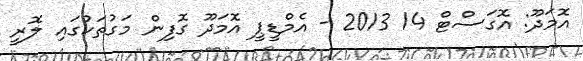
އޮމަދޫ: އޮގަސްޓް 14 2013 - އެމްޑީޕީ އޮމަދޫ ގޮފިން މަގުތަކުގައި ލޮރީ